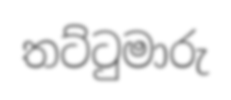
තට්ටුමාරු